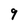
Character: 9